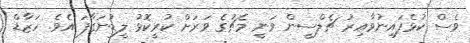
ވެސް ކުޅެފައިނުވާއިރު ޗެލްސީން ވަނީ މެޗުގެ ވަރަށް ކުރީކޮޅު ލީޑުނަގާފަ އެވެ. ހަޒާޑް